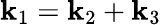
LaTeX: \mathbf{k}_{1}=\mathbf{k}_{2}+\mathbf{k}_{3}